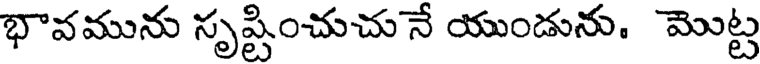
భావమును సృష్టించుచు నే యుండును. మొట్ట